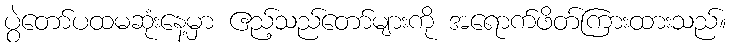
ပွဲတော်ပထမဆုံးနေ့မှာ ဧည့်သည်တော်များကို အရောက်ဖိတ်ကြားထားသည်။